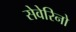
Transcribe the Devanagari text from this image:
सेवेरिनो